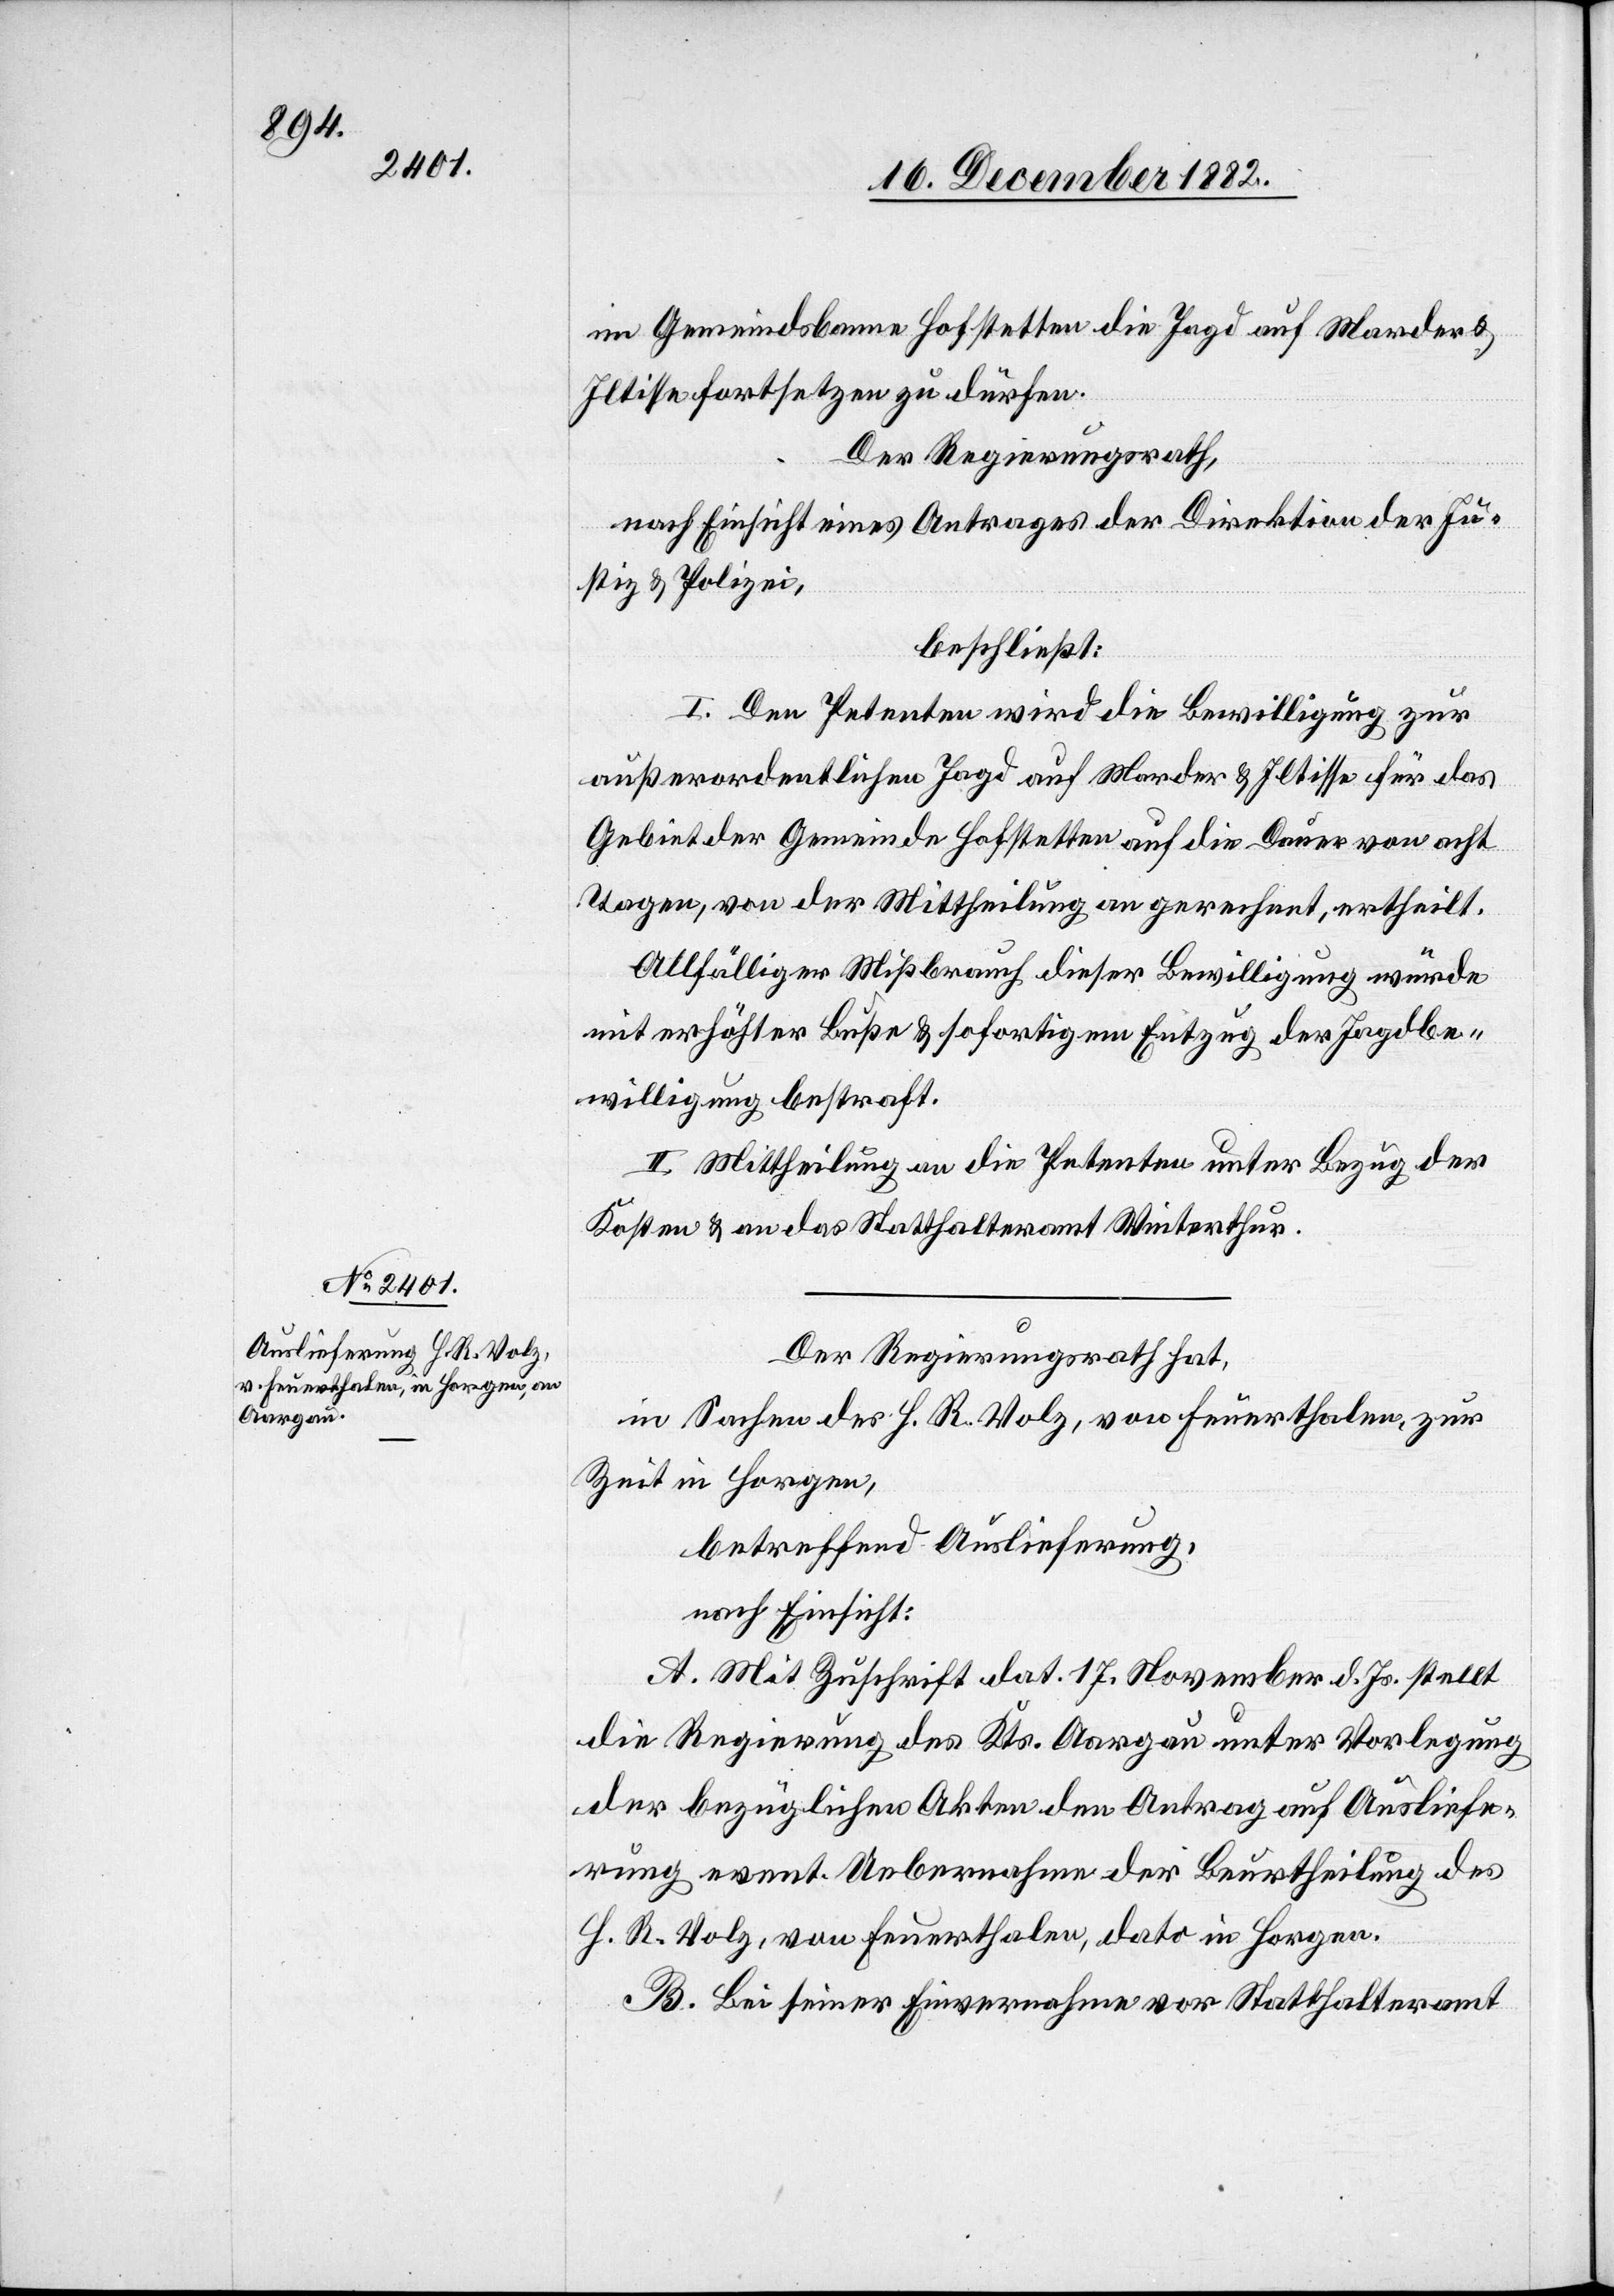
im Gemeindsbanne Hofstetten die Jagd auf Marder &
Iltisse fortsetzen zu dürfen.
Der Regierungsrath,
nach Einsicht eines Antrages der Direktion der Ju¬
stiz & Polizei,
beschließt:
I. Den Petenten wird die Bewilligung zur
außerordentlichen Jagd auf Marder & Iltisse für das
Gebiet der Gemeinde Hofstetten auf die Dauer von acht
Tagen, von der Mittheilung an gerechnet, ertheilt.
Allfälliger Mißbrauch dieser Bewilligung würde
mit erhöhter Buße & sofortigem Entzug der Jagdbe¬
willigung bestraft.
II. Mittheilung an die Petenten unter Bezug der
Kosten & an das Statthalteramt Winterthur.
Der Regierungsrath hat,
in Sachen des H. R. Volz, von Feuerthalen, zur
Zeit in Horgen,
betreffend Auslieferung,
nach Einsicht:
A. Mit Zuschrift dat. 17. November d. Js. stellt
die Regierung des Kts. Aargau unter Vorlegung
der bezüglichen Akten den Antrag auf Ausliefe¬
rung event. Uebernahme der Beurtheilung des
H. R. Volz, von Feuerthalen, dato in Horgen.
B. Bei seiner Einvernahme vor [dem] Statthalteramt